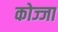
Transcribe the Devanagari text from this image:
कोज्जा